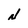
Character: N